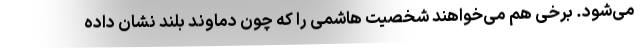
می‌شود. برخی هم می‌خواهند شخصیت هاشمی را که چون دماوند بلند نشان داده